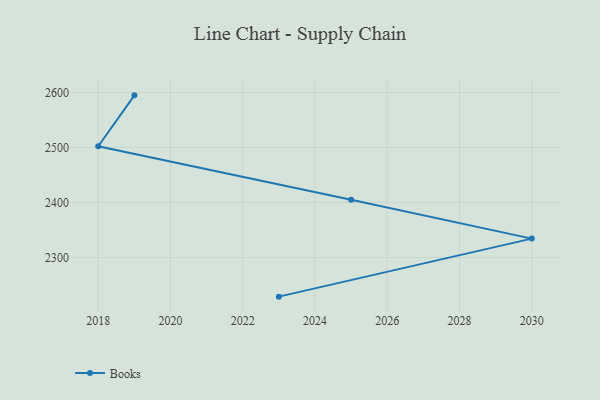
{"axis": {"x": "Year", "y": "Bounce Rate (%)"}, "legend": ["Books"], "data": [{"x": "2019", "y": 2594.7, "type": "Books"}, {"x": "2018", "y": 2502.1, "type": "Books"}, {"x": "2025", "y": 2405.1, "type": "Books"}, {"x": "2030", "y": 2334.3, "type": "Books"}, {"x": "2023", "y": 2228.8, "type": "Books"}]}